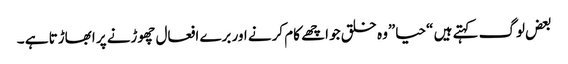
بعض لوگ کہتے ہیں “حیا”وہ خلق جو اچھے کام کرنے اور برے افعال چھوڑنے پر ابھاڑتا ہے ۔